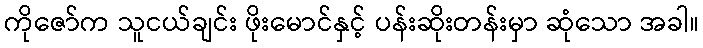
ကိုဇော်က သူငယ်ချင်း ဖိုးမောင်နှင့် ပန်းဆိုးတန်းမှာ ဆုံသော အခါ။